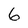
Character: 6